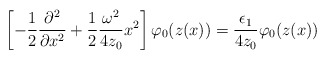
\begin{align*}\left[ - \frac12 \frac{\partial^2}{\partial x^2} + \frac12 \frac{\omega^2}{4z_0}x^2\right] \varphi_0(z(x)) = \frac{\epsilon_1}{4z_0}\varphi_0(z(x))\end{align*}